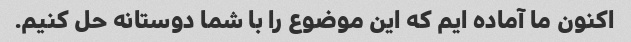
اکنون ما آماده ایم که این موضوع را با شما دوستانه حل کنیم.